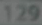
129